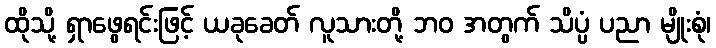
ထိုသို့ ရှာဖွေရင်းဖြင့် ယခုခေတ် လူသားတို့ ဘဝ အတွက် သိပ္ပံ ပညာ မျိုးစုံ၊